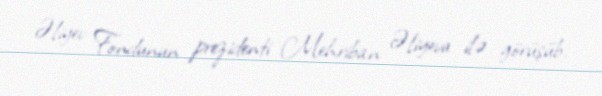
Əliyev Fondunun prezidenti Mehriban Əliyeva ilə görüşüb.